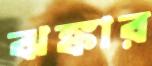
ঝঙ্কার